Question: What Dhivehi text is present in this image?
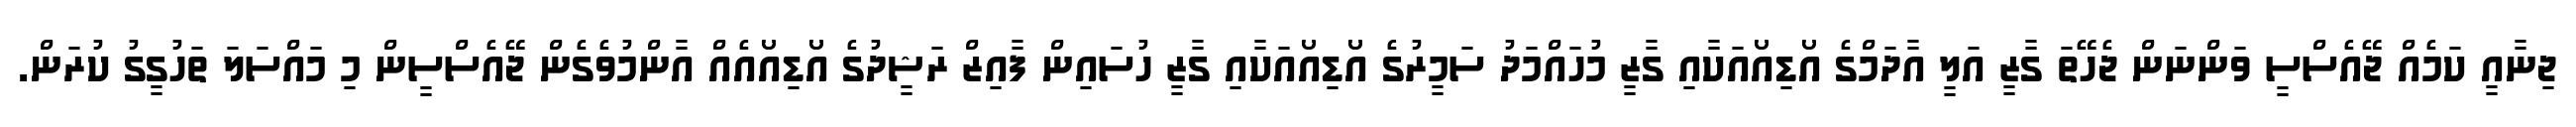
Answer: ޖިނާއީ ކަމެއް ޖޭއެސްސީ ވަންނަން ޖެހޭތަ ގާޒީ އަލީ އާދަމްގެ އޯޑިއޯއަކާއި ގާޒީ މުހައްމަދު ސަމީރުގެ އޯޑިއޯއަކާއި ގާޒީ ހުސައިން ފާއިޒް ރަޝީދުގެ އޯޑިއޯއެއް އާންމުވެގެން ޖޭއެސްސީން މި މައްސަލަ ތަހުގީގު ކުރަން.